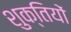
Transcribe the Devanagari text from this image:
शुक्तियों